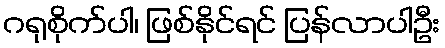
ဂရုစိုက်ပါ၊ ဖြစ်နိုင်ရင် ပြန်လာပါဦး